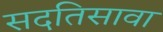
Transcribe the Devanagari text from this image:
सदतिसावा